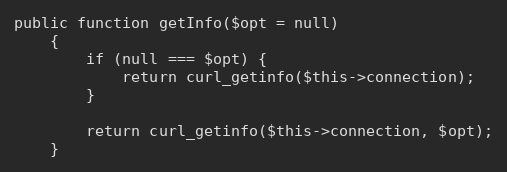
Language: PHP
public function getInfo($opt = null)
    {
        if (null === $opt) {
            return curl_getinfo($this->connection);
        }

        return curl_getinfo($this->connection, $opt);
    }